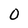
Character: O